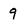
Character: q